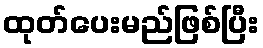
ထုတ်ပေးမည်ဖြစ်ပြီး